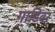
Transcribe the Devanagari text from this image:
गाडिवर